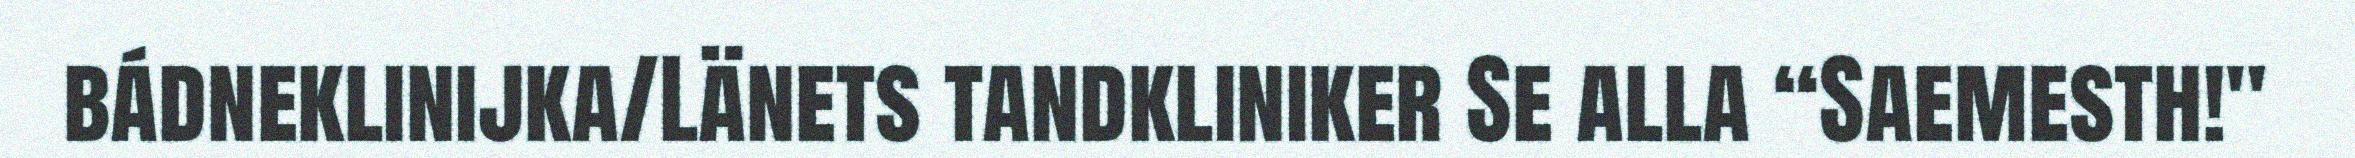
bádneklinijka/Länets tandkliniker Se alla “Saemesth!"